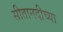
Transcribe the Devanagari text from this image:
सीतानदीच्या